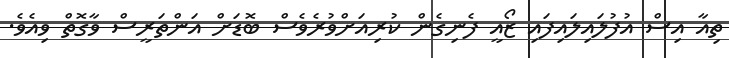
ތިއާ އިސް އުފުލައިލައިފައި ޒޯއީ ފެނިގެން ކުރިއަށްވުރެވެސް ބޮޑަށް އަންތަރީސް ވާގޮތް ވިއެވެ.